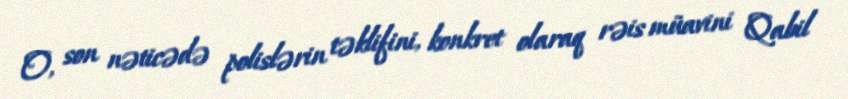
O, son nəticədə polislərin təklifini, konkret olaraq rəis müavini Qabil